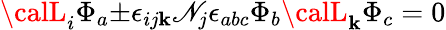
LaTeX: {\calL}_{i}{\Phi}_{a}{\pm}{\epsilon}_{ij\mathbf{k}}\mathscr{N}_{j}{\epsilon}_{abc}{\Phi}_{b}{\calL}_{\mathbf{k}}{\Phi}_{c}=0